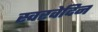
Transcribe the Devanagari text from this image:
स्वरवेदिन